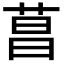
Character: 菖